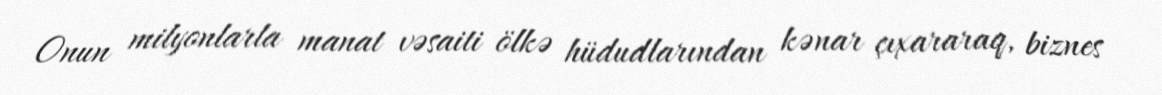
Onun milyonlarla manat vəsaiti ölkə hüdudlarından kənar çıxararaq, biznes